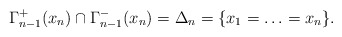
\begin{align*}\Gamma_{n-1}^+(x_n)\cap\Gamma_{n-1}^-(x_n)=\Delta_n=\{x_1=\ldots=x_n\}.\end{align*}